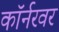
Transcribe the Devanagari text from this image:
काॅर्नरवर